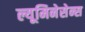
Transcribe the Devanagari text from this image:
ल्यूमिनेसेन्स